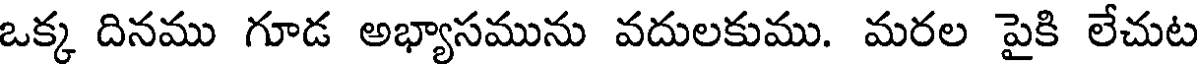
ఒక్క దినము గూడ అభ్యాసమును వదులకుము. మరల పైకి లేచుట